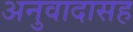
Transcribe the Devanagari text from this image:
अनुवादासह